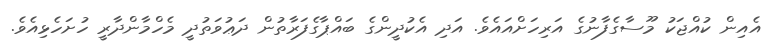
އެއިން ކުއްޖަކު މޫސާގެފާނުގެ އަރިހަށްއައެވެ. އަދި އެކުދީންގެ ބައްޕާގެފަރާތުން ދަޢުވަތުދީ މެހްމާންދާރީ ހުށަހެޅިއެވެ.